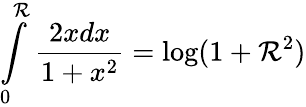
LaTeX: \int\limits_{0}^{\mathcal{R}}\frac{{2xdx}}{{1+x^{2}}}=\log(1+\mathcal{R}^{2})